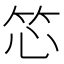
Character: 𬔰